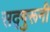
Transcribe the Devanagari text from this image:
सद्गुरूनी